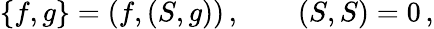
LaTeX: \{ f,g\} =(f,(S,g))\, ,\qquad(S,S)=0\, ,